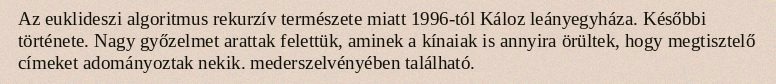
Az euklideszi algoritmus rekurzív természete miatt 1996-tól Káloz leányegyháza. Későbbi története. Nagy győzelmet arattak felettük, aminek a kínaiak is annyira örültek, hogy megtisztelő címeket adományoztak nekik. mederszelvényében található.